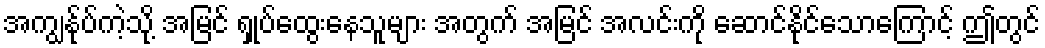
အကျွန်ုပ်ကဲ့သို့ အမြင် ရှုပ်ထွေးနေသူများ အတွက် အမြင် အလင်းကို ဆောင်နိုင်သောကြောင့် ဤတွင်